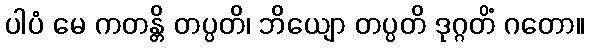
ပါပံ မေ ကတန္တိ တပ္ပတိ၊ ဘိယျော တပ္ပတိ ဒုဂ္ဂတိံ ဂတော။